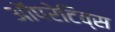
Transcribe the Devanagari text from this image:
ऑपरेटिव्स